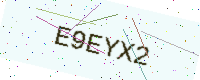
Text: E9EYX2